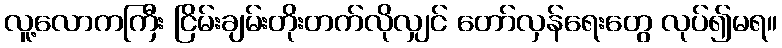
လူ့လောကကြီး ငြိမ်းချမ်းတိုးတက်လိုလျှင် တော်လှန်ရေးတွေ လုပ်၍မရ။